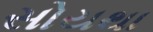
સોયથા